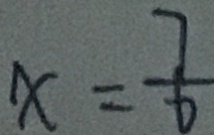
x = \frac { 7 } { 6 }